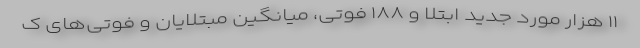
۱۱ هزار مورد جدید ابتلا و ۱۸۸ فوتی، میانگین مبتلایان و فوتی‌های ک